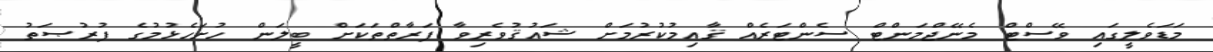
މަޑަވެލީގައި ވޭސްޓް މެނޭޖްމަންޓް ސެންޓަރެއް ޤާއިމުކުރުމަށް ޝައުޤުވެރިވާ ފަރާތްތަކަށް ބީލަން ހުށަހެޅުމުގެ ފުރުޞަތު